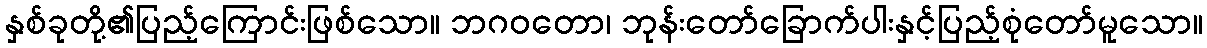
နှစ်ခုတို့၏ပြည့်ကြောင်းဖြစ်သော။ ဘဂဝတော၊ ဘုန်းတော်ခြောက်ပါးနှင့်ပြည့်စုံတော်မူသော။